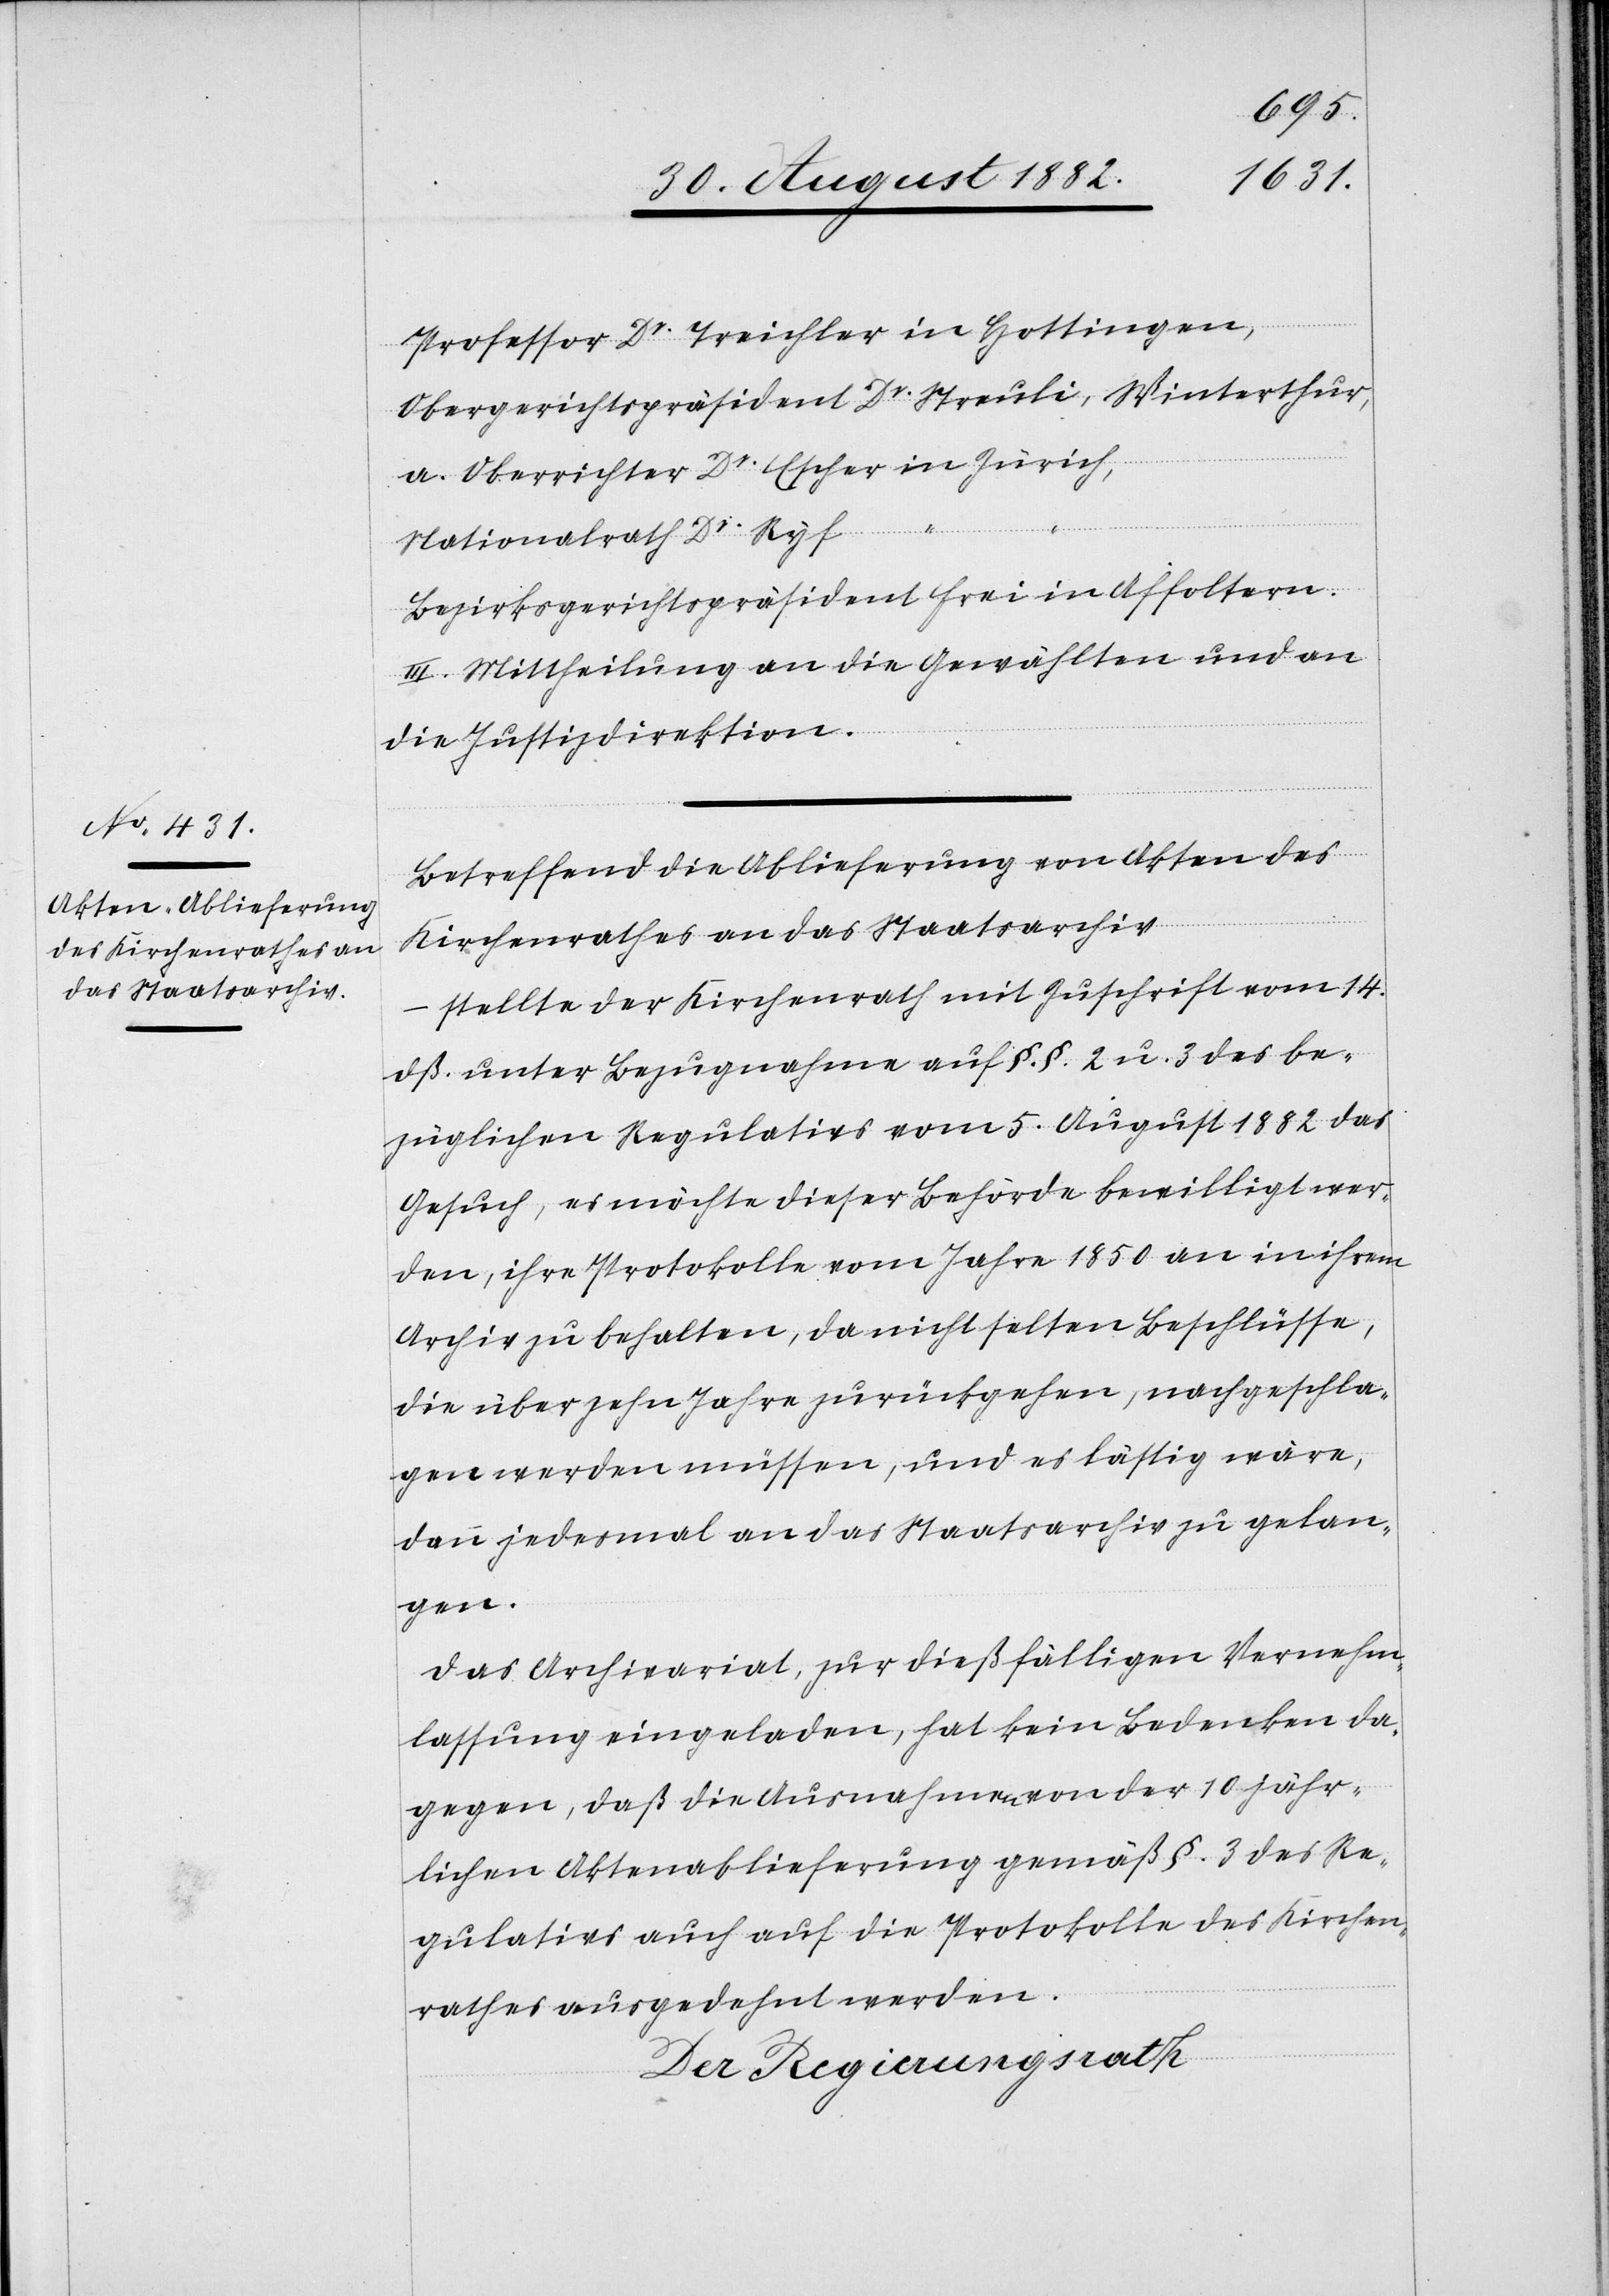
Professor Dr Treichler in Hottingen,
Obergerichtspräsident Dr Streuli, Winterthur,
Nationalrath Dr Ryf
Bezirksgerichtspräsident Frei in Affoltern.
III. Mittheilung an die Gewählten und an
die Justizdirektion.
Betreffend die Ablieferung von Akten des
Kirchenrathes an das Staatsarchiv
stellte der Kirchenrath mit Zuschrift vom 14.
a.
dß. unter Bezugnahme auf §. §. 2 u. 3 des be¬
züglichen Regulativs vom 5. August 1882 das
Gesuch, es möchte dieser Behörde bewilligt wer¬
den, ihre Protokolle vom Jahre 1850 an in ihrem
Archiv zu behalten, da nicht selten Beschlüsse,
die über zehn Jahre zurückgehen, nachgeschla¬
gen werden müssen, und es lästig wäre,
dann jedesmal an das Staatsarchiv zu gelan¬
gen.
Das Archivariat, zur dießfälligen Vernehm¬
lassung eingeladen, hat kein Bedenken da¬
gegen, daß die Ausnahmen von der 10 jähr¬
igen Aktenablieferung gemäß §. 3 des Re¬
gulativs auch auf die Protokolle des Kirchen¬
rathes ausgedehnt werden.
Der Regierungsrath,